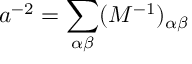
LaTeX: a ^ { - 2 } = \sum _ { \alpha \beta } ( M ^ { - 1 } ) _ { \alpha \beta }